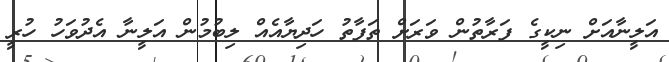
އަލީނާއަށް ނިކީގެ ފަރާތުން ވަރަށް ތަފާތު ހަދިޔާއެއް ލިބުމުން އަލީނާ އެދުވަހު ހުރީ